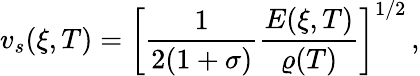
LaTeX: v_{s}(\xi,T)=\bigg[\frac{1}{2(1+\sigma)}\frac{E(\xi,T)}{\varrho(T)}\bigg]^{1/2}\, ,